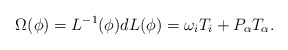
\begin{align*}\Omega(\phi)=L^{-1}(\phi)dL(\phi)=\omega_iT_i +P_\alpha T_\alpha.\end{align*}